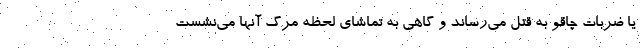
یا ضربات چاقو به قتل می‌رساند و گاهی به تماشای لحظه مرگ آنها می‌نشست